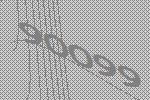
90099